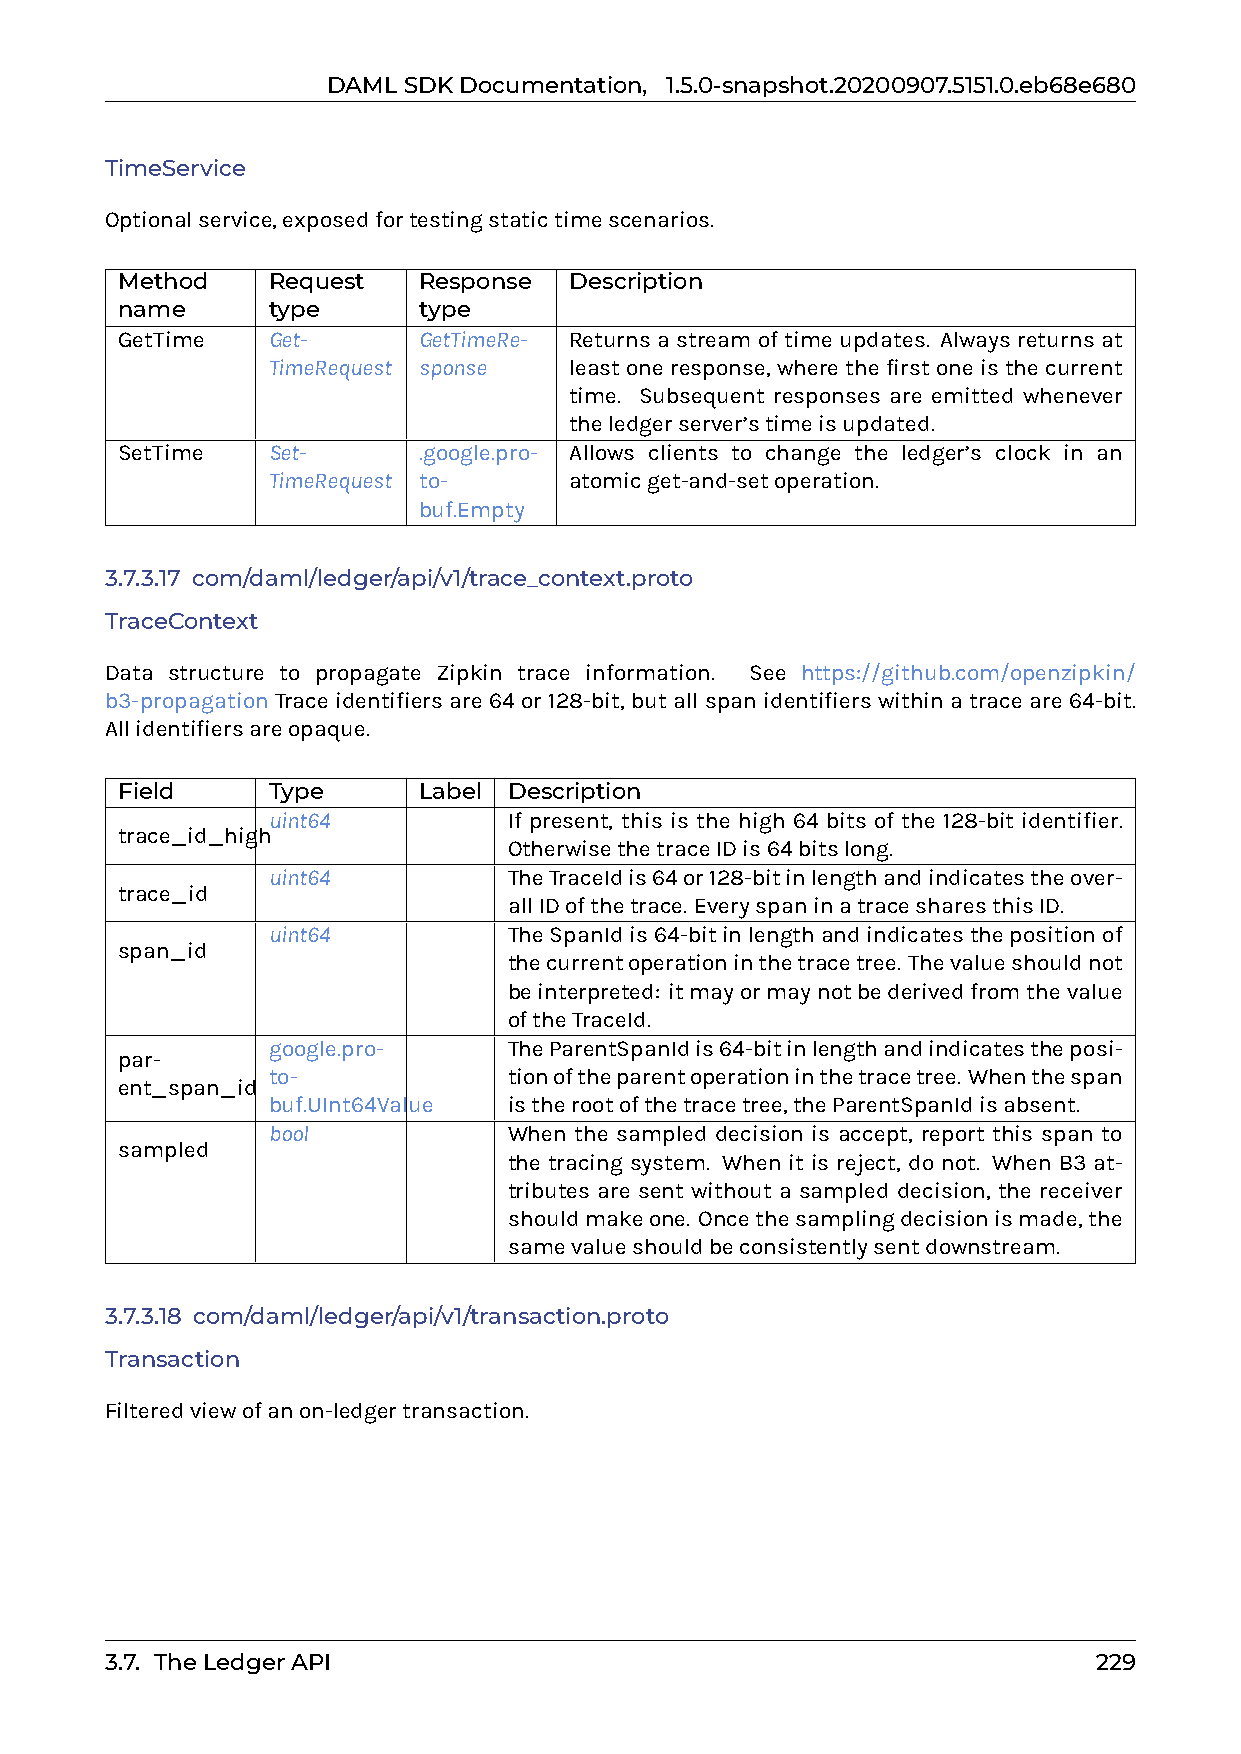
DAMLSDKDocumentation, 1.5.0-snapshot.20200907.5151.0.eb68e680
 TimeService
 Optionalservice,exposedfortestingstatictimescenarios.
 Method    Request   Response  Description
 name      type      type
 GetTime   Get-      GetTimeRe- Returns a stream of time updates. Always returns at
 TimeRequest sponse  leastoneresponse, wherethefirstoneisthecurrent
 time. Subsequent responses are emitted whenever
 theledgerserver’stimeisupdated.
 SetTime   Set-      .google.pro- Allows clients to change the ledger’s clock in an
 TimeRequest to-     atomicget-and-setoperation.
 buf.Empty
 3.7.3.17 com/daml/ledger/api/v1/trace_context.proto
 TraceContext
 Data structure to propagate Zipkin trace information. See https://github.com/openzipkin/
 b3-propagation Trace identifiers are 64 or 128-bit, but all span identifiers within a trace are 64-bit.
 Allidentifiersareopaque.
 Field     Type      Label Description
 uint64          If present, this is the high 64 bits of the 128-bit identifier.
 trace_id_high
 OtherwisethetraceIDis64bitslong.
 uint64          TheTraceIdis64or128-bitinlengthandindicatestheover-
 trace_id
 allIDofthetrace. EveryspaninatracesharesthisID.
 uint64          TheSpanIdis64-bitinlengthandindicatesthepositionof
 span_id
 thecurrentoperationinthetracetree. Thevalueshouldnot
 beinterpreted: itmayormaynotbederivedfromthevalue
 oftheTraceId.
 google.pro-     TheParentSpanIdis64-bitinlengthandindicatestheposi-
 par-
 to-             tionoftheparentoperationinthetracetree. Whenthespan
 ent_span_id
 buf.UInt64Value istherootofthetracetree,theParentSpanIdisabsent.
 bool            When the sampled decision is accept, report this span to
 sampled
 the tracing system. When it is reject, do not. When B3 at-
 tributes are sent without a sampled decision, the receiver
 shouldmakeone. Oncethesamplingdecisionismade,the
 samevalueshouldbeconsistentlysentdownstream.
 3.7.3.18 com/daml/ledger/api/v1/transaction.proto
 Transaction
 Filteredviewofanon-ledgertransaction.
 3.7. TheLedgerAPI                                                229